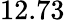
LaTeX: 12.73